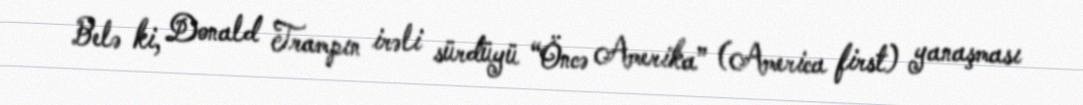
Belə ki, Donald Trampın irəli sürdüyü “Öncə Amerika” (America first) yanaşması